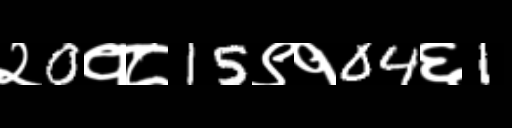
Text: २0१८15९१04६1